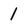
Character: 1